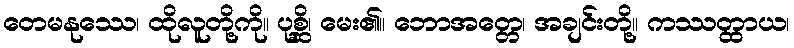
တေမနုဿေ၊ ထိုလူတို့ကို။ ပုစ္ဆိ၊ မေး၏။ ဘောအတ္တေ၊ အချင်းတို့။ ကဿတ္ထာယ၊